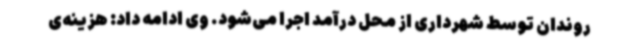
روندان توسط شهرداری از محل درآمد اجرا می‌شود. وی ادامه داد: هزینه‌ی